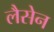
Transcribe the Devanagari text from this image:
लैसेन